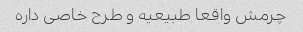
چرمش واقعا طبیعیه و طرح خاصی داره